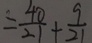
= \frac { 4 0 } { 2 1 } + \frac { 9 } { 2 1 }